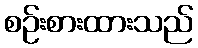
စဉ်းစားထားသည်